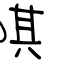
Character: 唭